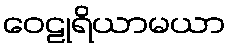
ဝေဠုရိယာမယာ